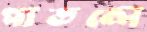
পাতলে